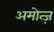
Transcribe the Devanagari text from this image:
अमोत्ज़